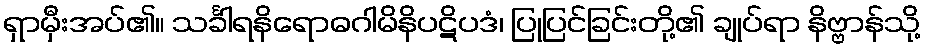
ရှာမှီးအပ်၏။ သင်္ခါရနိရောဓဂါမိနိပဋိပဒံ၊ ပြုပြင်ခြင်းတို့၏ ချုပ်ရာ နိဗ္ဗာန်သို့